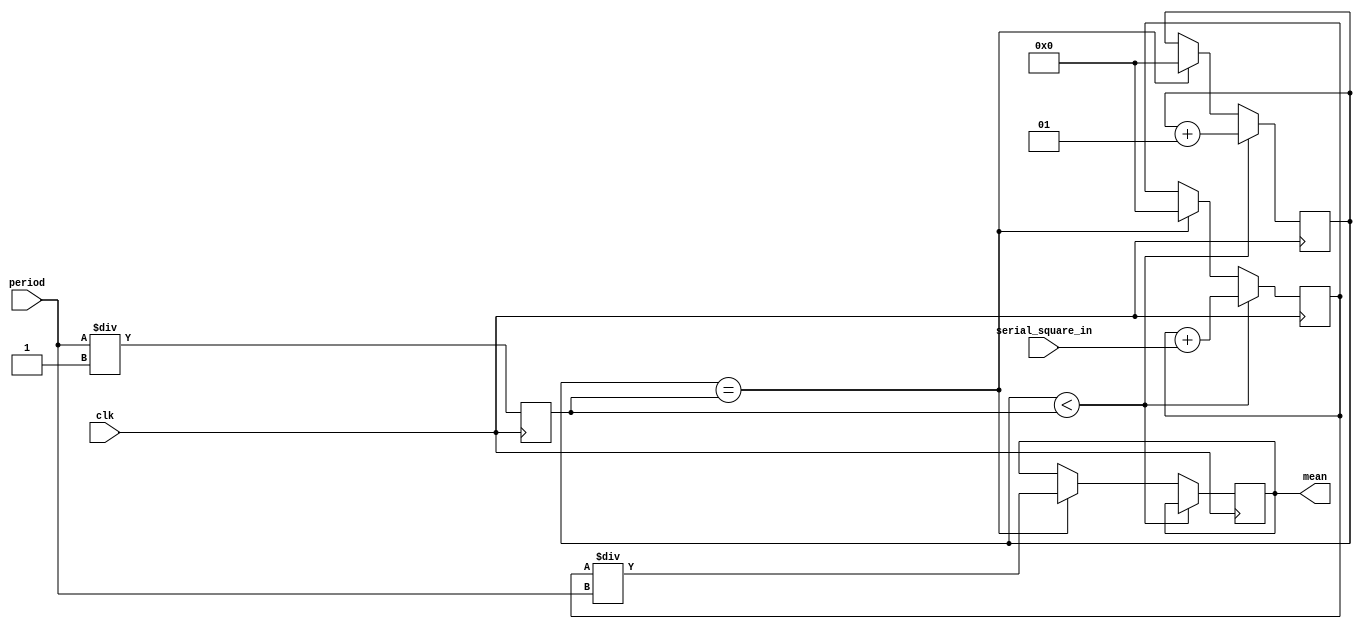
module Mean(clk,period,serial_square_in,mean);
input [31:0] serial_square_in;
input clk;
input [31:0] period; //how many clock hit in one period
output reg [31:0] mean;

integer period_discrete, counter, sum;
initial
begin
period_discrete<=0;
counter <= 0;
sum <= 0;
end


always @(posedge clk)
begin
period_discrete <= period/1; //1ns for testing real value 20ns 

if (counter < period_discrete)
	begin
		sum <= sum + serial_square_in;
		counter <= counter + 1;
	end
else if (counter == period_discrete)
	begin
		mean <= sum/period;
		sum <= 0;
		counter <= 0;
	end
end

endmodule